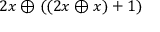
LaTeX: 2 x \oplus ( ( 2 x \oplus x ) + 1 )